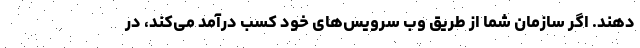
دهند. اگر سازمان شما از طریق وب سرویس‌های خود کسب درآمد می‌کند، در